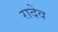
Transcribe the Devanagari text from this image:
रादेव